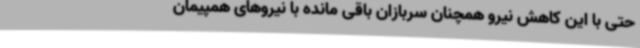
حتی با این کاهش نیرو همچنان سربازان باقی مانده با نیروهای همپیمان